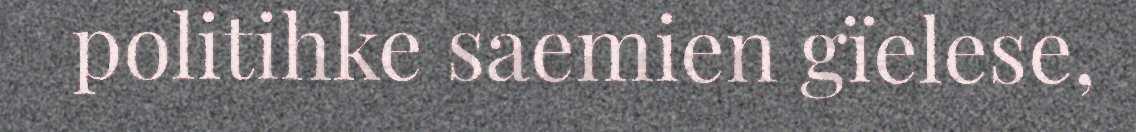
politihke saemien gïelese,